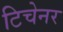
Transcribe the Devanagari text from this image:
टिचेनर